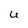
Character: U